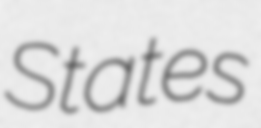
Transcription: States